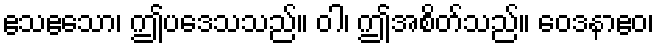
ဧသဧသော၊ ဤပဒေသသည်။ ဝါ၊ ဤအစိတ်သည်။ ဝေဒနာဧဝ၊